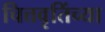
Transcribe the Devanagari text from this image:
चित्तवृतिंच्या